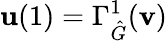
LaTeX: \mathbf{u}(1)=\Gamma_{\hat{G}}^{1}(\mathbf{v})